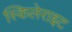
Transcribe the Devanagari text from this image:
स्किलेराइट